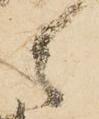
々